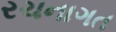
રચનાગત